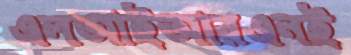
এলআইআরএনই